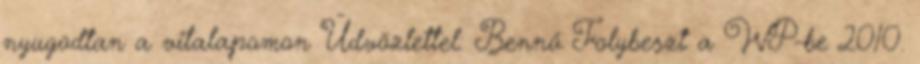
nyugodtan a vitalapomon Üdvözlettel: Bennó Folybeszt a WP-be 2010.